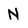
Character: N